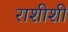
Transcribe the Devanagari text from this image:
राशीशी